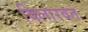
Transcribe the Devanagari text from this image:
विलारवत